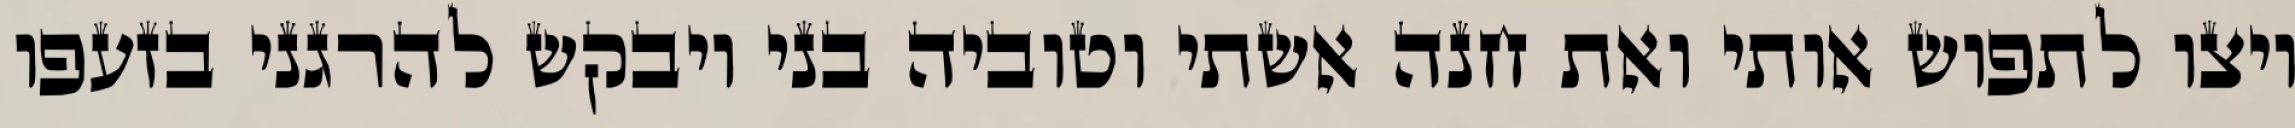
ויצו לתפוש אותי ואת חנה אשתי וטוביה בני ויבקש להרגני בזעפו